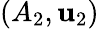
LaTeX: (A_{2},\mathbf{u}_{2})